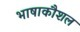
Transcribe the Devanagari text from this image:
भाषाकौशल